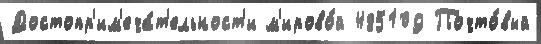
Достопр'им'еча́т'ельност'и м'ирово́й 485109 Почто́вый